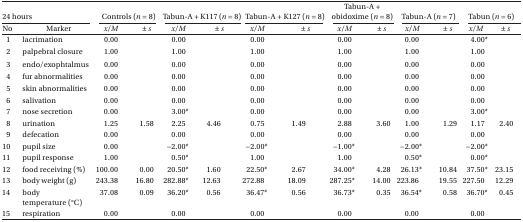
<table><thead><tr><td colspan="2"><b>24 hours</b></td><td colspan="2"><b>Controls (<i>n</i> = 8)</b></td><td colspan="2"><b>Tabun-A + K117 (<i>n</i> = 8)</b></td><td colspan="2"><b>Tabun-A + K127 (<i>n</i> = 8)</b></td><td colspan="2"><b>Tabun-A + obidoxime (<i>n</i> = 8)</b></td><td colspan="2"><b>Tabun-A (<i>n</i> = 7)</b></td><td colspan="2"><b>Tabun (<i>n</i> = 6)</b></td></tr><tr><td><b>No</b></td><td><b>Marker</b></td><td><b><i>x/M</i></b></td><td><b>± <i>s</i></b></td><td><b><i>x/M</i></b></td><td><b>± <i>s</i></b></td><td><b><i>x/M</i></b></td><td><b>± <i>s</i></b></td><td><b><i>x/M</i></b></td><td><b>± <i>s</i></b></td><td><b><i>x/M</i></b></td><td><b>± <i>s</i></b></td><td><b><i>x/M</i></b></td><td><b>± <i>s</i></b></td></tr></thead><tbody><tr><td>1</td><td>lacrimation</td><td>0.00</td><td></td><td>0.00</td><td></td><td>0.00</td><td></td><td>0.00</td><td></td><td>0.00</td><td></td><td>4.00*</td><td></td></tr><tr><td>2</td><td>palpebral closure</td><td>1.00</td><td></td><td>1.00</td><td></td><td>1.00</td><td></td><td>1.00</td><td></td><td>1.00</td><td></td><td>1.00</td><td></td></tr><tr><td>3</td><td>endo/exophtalmus</td><td>0.00</td><td></td><td>0.00</td><td></td><td>0.00</td><td></td><td>0.00</td><td></td><td>0.00</td><td></td><td>0.00</td><td></td></tr><tr><td>4</td><td>fur abnormalities</td><td>0.00</td><td></td><td>0.00</td><td></td><td>0.00</td><td></td><td>0.00</td><td></td><td>0.00</td><td></td><td>0.00</td><td></td></tr><tr><td>5</td><td>skin abnormalities</td><td>0.00</td><td></td><td>0.00</td><td></td><td>0.00</td><td></td><td>0.00</td><td></td><td>0.00</td><td></td><td>0.00</td><td></td></tr><tr><td>6</td><td>salivation</td><td>0.00</td><td></td><td>0.00</td><td></td><td>0.00</td><td></td><td>0.00</td><td></td><td>0.00</td><td></td><td>0.00</td><td></td></tr><tr><td>7</td><td>nose secretion</td><td>0.00</td><td></td><td>3.00*</td><td></td><td>0.00</td><td></td><td>0.00</td><td></td><td>0.00</td><td></td><td>3.00*</td><td></td></tr><tr><td>8</td><td>urination</td><td>1.25</td><td>1.58</td><td>2.25</td><td>4.46</td><td>0.75</td><td>1.49</td><td>2.88</td><td>3.60</td><td>1.00</td><td>1.29</td><td>1.17</td><td>2.40</td></tr><tr><td>9</td><td>defecation</td><td>0.00</td><td></td><td>0.00</td><td></td><td>0.00</td><td></td><td>0.00</td><td></td><td>0.00</td><td></td><td>0.00</td><td></td></tr><tr><td>10</td><td>pupil size</td><td>0.00</td><td></td><td>−2.00*</td><td></td><td>−2.00*</td><td></td><td>−1.00*</td><td></td><td>−2.00*</td><td></td><td>−2.00*</td><td></td></tr><tr><td>11</td><td>pupil response</td><td>1.00</td><td></td><td>0.50*</td><td></td><td>1.00</td><td></td><td>1.00</td><td></td><td>0.50*</td><td></td><td>0.00*</td><td></td></tr><tr><td>12</td><td>food receiving (%)</td><td>100.00</td><td>0.00</td><td>20.50*</td><td>1.60</td><td>22.50*</td><td>2.67</td><td>34.00*</td><td>4.28</td><td>26.13*</td><td>10.84</td><td>37.50*</td><td>23.15</td></tr><tr><td>13</td><td>body weight (g)</td><td>243.38</td><td>16.80</td><td>282.88*</td><td>12.63</td><td>272.88</td><td>18.09</td><td>287.25*</td><td>14.00</td><td>223.86</td><td>19.55</td><td>227.50</td><td>12.29</td></tr><tr><td>14</td><td>body temperature (°C)</td><td>37.08</td><td>0.09</td><td>36.20*</td><td>0.56</td><td>36.47*</td><td>0.56</td><td>36.73*</td><td>0.35</td><td>36.54*</td><td>0.58</td><td>36.70*</td><td>0.45</td></tr><tr><td>15</td><td>respiration</td><td>0.00</td><td></td><td>0.00</td><td></td><td>0.00</td><td></td><td>0.00</td><td></td><td>0.00</td><td></td><td>0.00</td><td></td></tr></tbody></table>